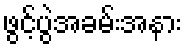
ဖွင့်ပွဲအခမ်းအနား